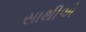
સાથીએ